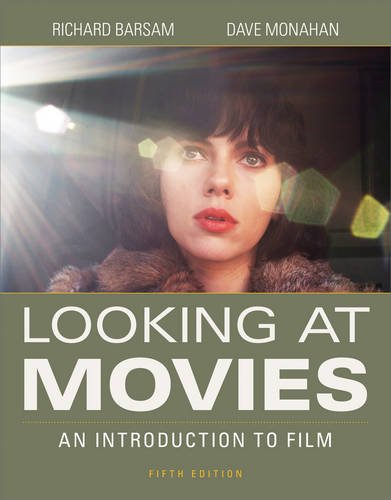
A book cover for Looking at Movies (Fifth Edition); Richard Barsam; Humor & Entertainment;